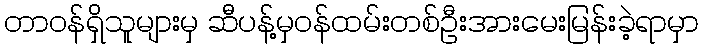
တာဝန်ရှိသူများမှ ဆီပန့်မှဝန်ထမ်းတစ်ဦးအားမေးမြန်းခဲ့ရာမှာ